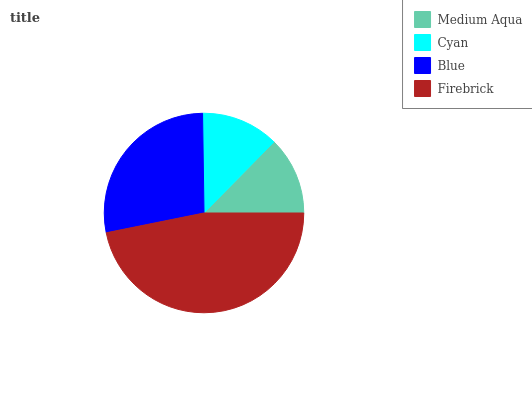
| Medium Aqua | Cyan | Blue | Firebrick |
 | --- | --- | --- | --- |
 | 12.6% | 12.6% | 28% | 46.8% |